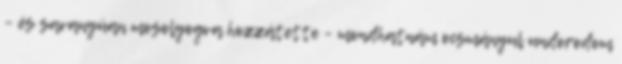
– és savanyúan mosolyogva hozzátette – mondhatnám ocsmányul undorodom